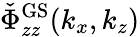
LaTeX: \check{\Phi}_{zz}^{\mathrm{GS}}(k_{x},k_{z})